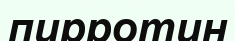
пирротин